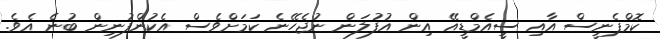
ކޮމްޕެނީސް އާއި ސީއެމްޑީއޭ އިން އުފުލަން ނުޖެހޭނެ ކަމަށްވެސް އެކުންފުނިން ބުނެ އެވެ.